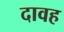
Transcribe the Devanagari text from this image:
दावह